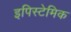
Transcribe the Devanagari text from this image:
इपिस्टेमिक